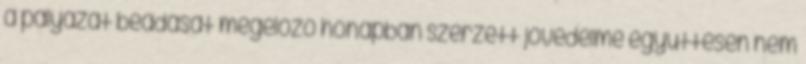
a pályázat beadását megelőző hónapban szerzett jövedelme együttesen nem